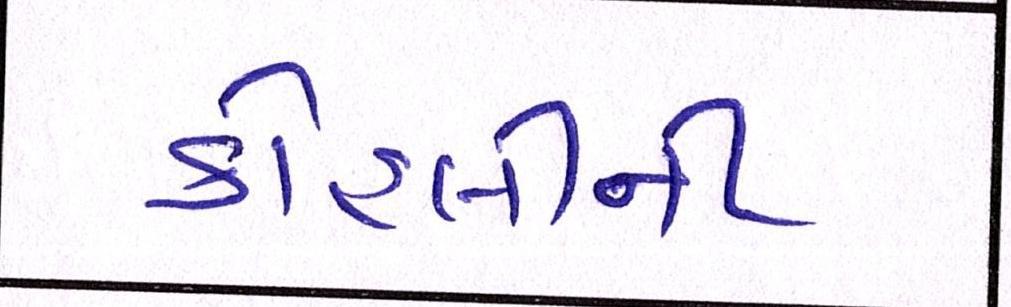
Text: કોહલીની